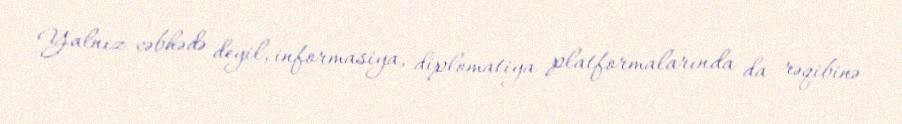
Yalnız cəbhədə deyil, informasiya, diplomatiya platformalarında da rəqibinə